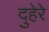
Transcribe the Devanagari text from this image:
दुहेरे